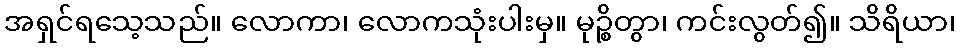
အရှင်ရသေ့သည်။ လောကာ၊ လောကသုံးပါးမှ။ မုဉ္စိတွာ၊ ကင်းလွတ်၍။ သိရိယာ၊